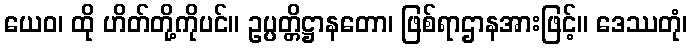
ယေဝ၊ ထို ဟိတ်တို့ကိုပင်။ ဥပ္ပတ္တိဋ္ဌာနတော၊ ဖြစ်ရာဌာနအားဖြင့်။ ဒေဿတုံ၊